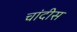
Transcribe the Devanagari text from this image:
चांदीस